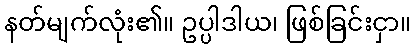
နတ်မျက်လုံး၏။ ဥပ္ပါဒါယ၊ ဖြစ်ခြင်းငှာ။